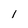
Character: 1